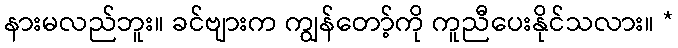
နားမလည်ဘူး။ ခင်ဗျားက ကျွန်တော့်ကို ကူညီပေးနိုင်သလား။ *